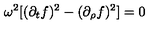
\omega ^ { 2 } [ ( \partial _ { t } f ) ^ { 2 } - ( \partial _ { \rho } f ) ^ { 2 } ] = 0